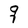
Character: q